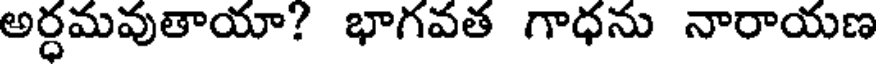
అర్ధమవుతాయా? భాగవత గాధను నారాయణ